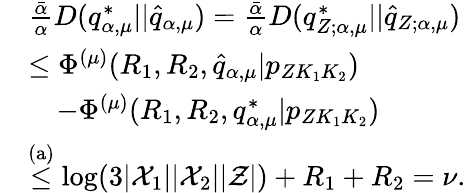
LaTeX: \begin{array}{rl}&{\frac{\bar{\alpha}}{\alpha}D(q_{\alpha,\mu}^{*}||\hat{q}_{\alpha,\mu})=\frac{\bar{\alpha}}{\alpha}D(q_{Z;\alpha,\mu}^{*}||\hat{q}_{Z;\alpha,\mu})}\\ &{\leq\Phi^{(\mu)}(R_{1},R_{2},\hat{q}_{\alpha,\mu}|{p_{ZK_{1}K_{2}}})}\\ &{\quad-\Phi^{(\mu)}(R_{1},R_{2},q_{\alpha,\mu}^{*}|{p_{ZK_{1}K_{2}}})}\\ &{\stackrel{\mathrm{(a)}}{\leq}\log(3|{\cal X}_{1}||{\cal X}_{2}||{\cal Z}|)+R_{1}+R_{2}=\nu.}\end{array}